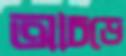
আচড়ে